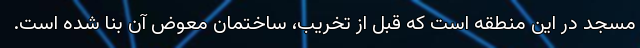
مسجد در این منطقه است که قبل از تخریب، ساختمان معوض آن بنا شده‌ است.